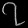
Digit: ၇